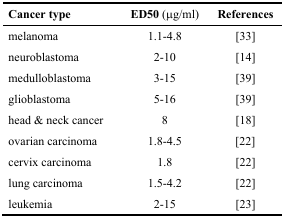
| Cancer type | ED50 (μg/ml) | References |
 | --- | --- | --- |
 | melanoma | 1.1–4.8 | [33] |
 | neuroblastoma | 2–10 | [14] |
 | medulloblastoma | 3–15 | [39] |
 | glioblastoma | 5–16 | [39] |
 | head & neck cancer | 8 | [18] |
 | ovarian carcinoma | 1.8–4.5 | [22] |
 | cervix carcinoma | 1.8 | [22] |
 | lung carcinoma | 1.5–4.2 | [22] |
 | leukemia | 2–15 | [23] |